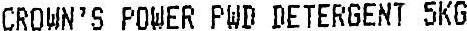
CROWN'S POWER PWD DETERGENT 5KG